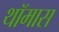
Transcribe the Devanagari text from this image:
थॉमास